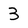
Character: 3